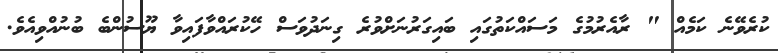
ކުރެވޭނެ ކަމެއް " ރާއެރުމުގެ މަސައްކަތުގައި ބައިގަރުނަށްވުރެ ގިނަދުވަސް ހޭކުރައްވާފައިވާ ޔޫސުންބެ ބުނުއްވިއެވެ.